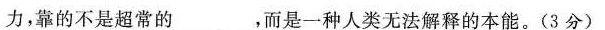
力，靠的不是超常的___，而是一种人类无法解释的本能。(3分)